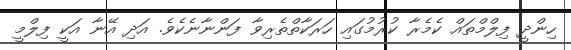
ހިންދީ ފިލްމްތައް ކެމެރާ ކުރުމުގައި ހަރަކާތްތެރިވާ ފަންނާނެކެވެ. އަދި އޭނާ އަކީ ފިލްމީ